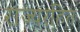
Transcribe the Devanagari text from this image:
राज्यरहित